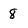
Character: 8